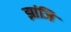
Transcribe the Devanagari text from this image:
झांजि